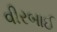
વીરબાઈ